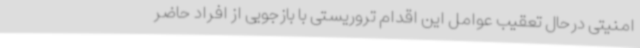
امنیتی درحال تعقیب عوامل این اقدام تروریستی با بازجویی از افراد حاضر